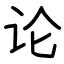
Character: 论